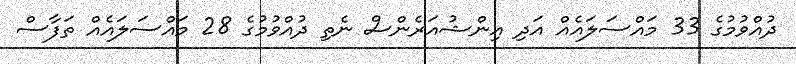
ދުއްވުމުގެ 33 މައްސަލައެއް އަދި އިންޝުއަރެންސް ނެތި ދުއްވުމުގެ 28 މައްސަލައެއް ތަފާސް